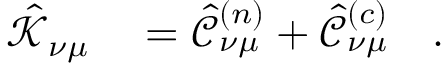
\begin{array} { r l } { \mathcal { \hat { K } } _ { \nu \mu } } & { { } = \mathcal { \hat { C } } _ { \nu \mu } ^ { ( n ) } + \mathcal { \hat { C } } _ { \nu \mu } ^ { ( c ) } \quad . } \end{array}